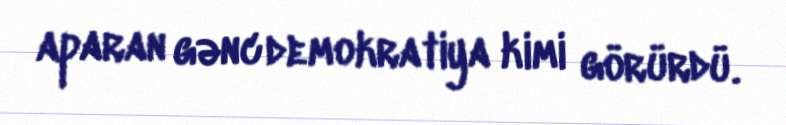
aparan gənc demokratiya kimi görürdü.